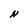
Character: N